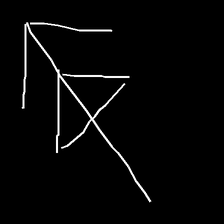
Glyph: pull